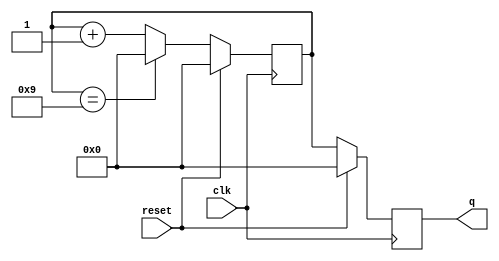
`timescale 1ns / 1ps
//////////////////////////////////////////////////////////////////////////////////
// Company: 
// Engineer: 
// 
// Design Name: 
// Module Name: 
// Project Name: 
// Target Devices: 
// Tool Versions: 
// Description: 
// 
// Dependencies: 
// 
// Revision:
// Revision 0.01 - File Created
// Additional Comments:
// 
//////////////////////////////////////////////////////////////////////////////
module bcd_counter(input clk, reset, output reg [3:0] q);
reg [3:0] t;
always @ (posedge clk) begin
  if (reset) 
  begin
    t <= 4'b0000;
    q <= 4'b0000;
  end
  else 
  begin
    t <= t + 1;
    if (t == 4'b1001) 
    begin
      t <= 4'b0000;
    end
    q <= t;
  end
end
endmodule